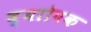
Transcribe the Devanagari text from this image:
व्याोपक